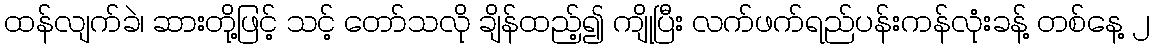
ထန်လျက်ခဲ၊ ဆားတို့ဖြင့် သင့် တော်သလို ချိန်ထည့်၍ ကျိုပြီး လက်ဖက်ရည်ပန်းကန်လုံးခန့် တစ်နေ့ ၂